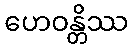
ဟေဝန္တိဿ